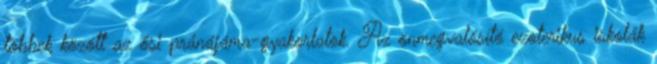
többek között az ősi pránájáma-gyakorlatok. Az önmegvalósító ezoterikus iskolák